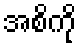
အစိကို